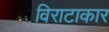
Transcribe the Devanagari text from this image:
विराटाकार